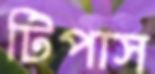
টিপাস